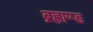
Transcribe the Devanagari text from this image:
ब्रह्राण्ड